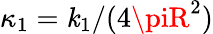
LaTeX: \kappa_{1}=\mathit{k}_{1}/(4\piR^{2})